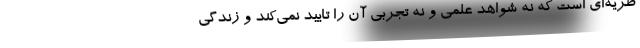
ظریه‌ای است که نه شواهد علمی و نه تجربی آن را تایید نمی‌کند و زندگی